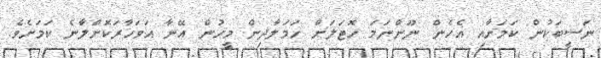
ނަސީބަކުން ކަމަށާއި އެހެން ނޫންނަމަ ހޮޓަލަށް ހަމަލާދިން މީހުން އޭނާ އަވަހާރަކޮށްލާނެ ކަމަށެވެ.